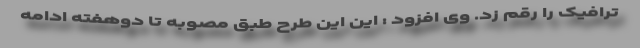
ترافیک را رقم زد. وی افزود : این این طرح طبق مصوبه تا دوهفته ادامه